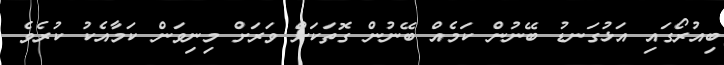
ބިއުރޯގައި އަޅުގަނޑު ބޭނުން ކަމެއް ބޭނުން ގޮތަކަށް ވަރަށް މިނިވަން ކަމާއެކު ކުރެވެ